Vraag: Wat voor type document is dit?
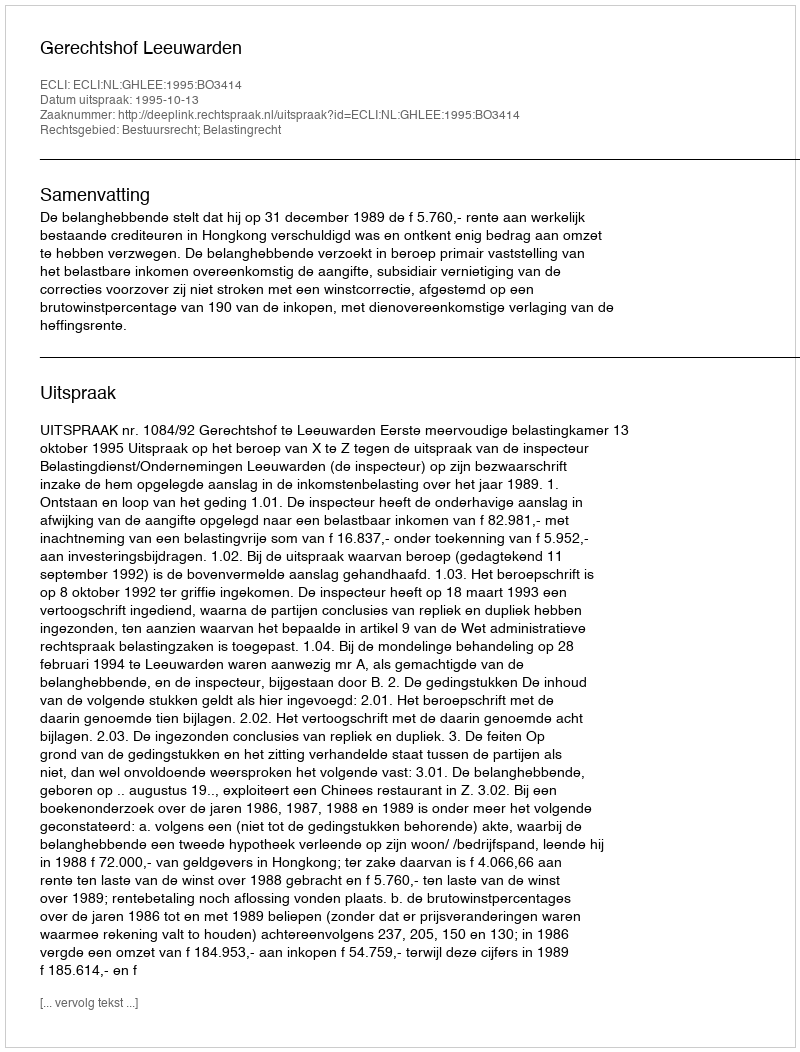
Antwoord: Uitspraak